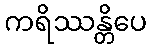
ကရိဿန္တိပေ